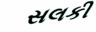
સલકી